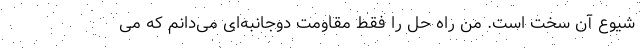
شیوع آن سخت است. من راه حل را فقط مقاومت دوجانبه‌ای می‌دانم که می